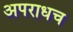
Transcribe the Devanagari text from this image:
अपराधच